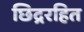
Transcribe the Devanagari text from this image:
छिद्ररहित